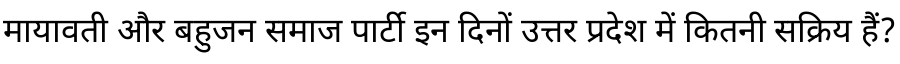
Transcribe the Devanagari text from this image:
मायावती और बहुजन समाज पार्टी इन दिनों उत्तर प्रदेश में कितनी सक्रिय हैं?